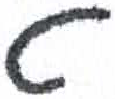
אות: ט